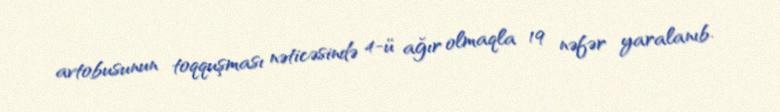
avtobusunun toqquşması nəticəsində 4-ü ağır olmaqla 19 nəfər yaralanıb.